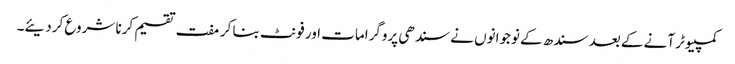
کمپیوٹر آنے کے بعد سندھ کے نوجوانوں نے سندھی پروگرامات اور فونٹ بنا کر مفت تقسیم کرنا شروع کردیئے۔